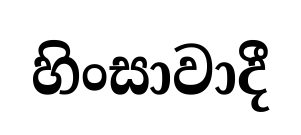
හිංසාවාදී